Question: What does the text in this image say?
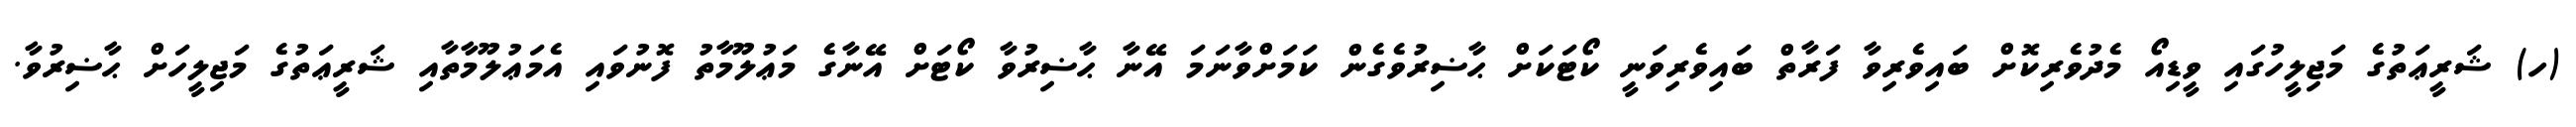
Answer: (ހ) ޝަރީޢަތުގެ މަޖިލީހުގައި ވީޑިއޯ މެދުވެރިކޮށް ބައިވެރިވާ ފަރާތް ބައިވެރިވަނީ ކޯޓަކަށް ޙާޟިރުވެގެން ކަމަށްވާނަމަ އޭނާ ޙާޟިރުވާ ކޯޓަށް އޭނާގެ މަޢުލޫމާތު ފޮނުވައި އެމަޢުލޫމާތާއި ޝަރީޢަތުގެ މަޖިލީހަށް ޙާޟިރުވާ.